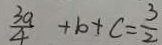
\frac { 3 a } { 4 } + b + c = \frac { 3 } { 2 }